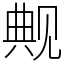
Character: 觍